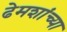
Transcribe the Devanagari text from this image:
ढेमशांच्या